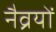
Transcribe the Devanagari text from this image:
नैव्रयों